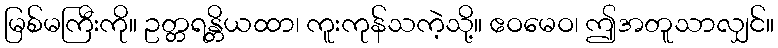
မြစ်မကြီးကို။ ဥတ္တရန္တိယထာ၊ ကူးကုန်သကဲ့သို့။ ဧဝမေဝ၊ ဤအတူသာလျှင်။